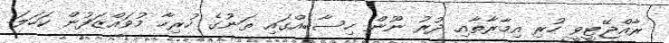
ރާއްޖޭޓީވީ ހުރި އިމާރާތާއި ދުރު ނޫން ހިސާބެއްގައި ތަނުގެ ހުރިހާ މުވައްޒަފުން ކަހަލަ